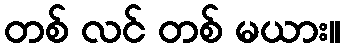
တစ် လင် တစ် မယား။